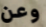
وعن